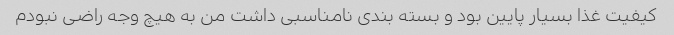
کیفیت غذا بسیار پایین بود و بسته بندی نامناسبی داشت من به هیچ وجه راضی نبودم